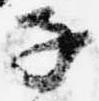
子